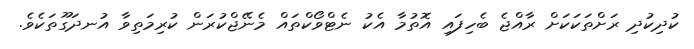
ކުދިކުދި ރަށްތަކަކަށް ރާއްޖެ ބެހިފައި އޮތުމާ އެކު ނެޓްވޯކްތައް މެނޭޖްކުރަން ކުރިމަތިވާ އުނދަގޫތަކެވެ.